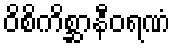
ဝိစိကိစ္ဆာနီဝရဏံ